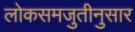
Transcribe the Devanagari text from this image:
लोकसमजुतीनुसार